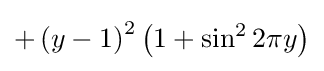
+\left(y-1\right)^{2}\left(1+\sin ^{2}2\pi y\right)